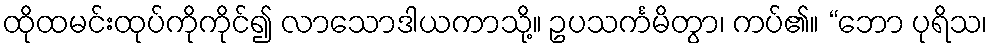
ထိုထမင်းထုပ်ကိုကိုင်၍ လာသောဒါယကာသို့။ ဥပသင်္ကမိတွာ၊ ကပ်၏။ “ဘော ပုရိသ၊